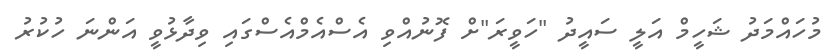
މުހައްމަދު ޝަހީމް އަލީ ސައީދު "ހަވީރަ"ށް ފޮނުއްވި އެސްއެމްއެސްގައި ވިދާޅުވީ އަންނަ ހުކުރު